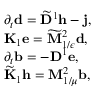
\begin{array} { r l } & { \partial _ { t } \mathbf { d } = \widetilde { \mathbf { D } } ^ { 1 } \mathbf { h } - \mathbf { j } , } \\ & { \mathbf { K } _ { 1 } \mathbf { e } = \widetilde { \mathbf { M } } _ { 1 / \epsilon } ^ { 2 } \mathbf { d } , } \\ & { \partial _ { t } \mathbf { b } = - \mathbf { D } ^ { 1 } \mathbf { e } , } \\ & { \widetilde { \mathbf { K } } _ { 1 } \mathbf { h } = \mathbf { M } _ { 1 / \mu } ^ { 2 } \mathbf { b } , } \end{array}